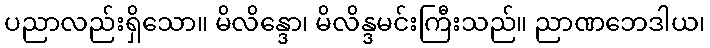
ပညာလည်းရှိသော။ မိလိန္ဒော၊ မိလိန္ဒမင်းကြီးသည်။ ညာဏဘေဒါယ၊